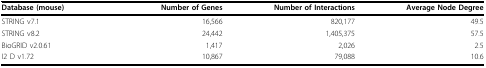
| Database (mouse) | Number of Genes | Number of Interactions | Average Node Degree |
 | --- | --- | --- | --- |
 | STRING v7.1 | 16,566 | 820,177 | 49.5 |
 | STRING v8.2 | 24,442 | 1,405,375 | 57.5 |
 | BioGRID v2.0.61 | 1,417 | 2,026 | 2.5 |
 | I2 D v1.72 | 10,867 | 79,088 | 10.6 |